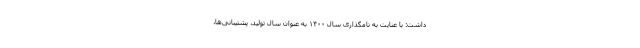
داشت: با عنایت به نامگذاری سال ۱۴۰۰ به عنوان سال تولید، پشتیبانی‌ها،